Production of alkali in liquid media by the Bacillus pestis - Number 33
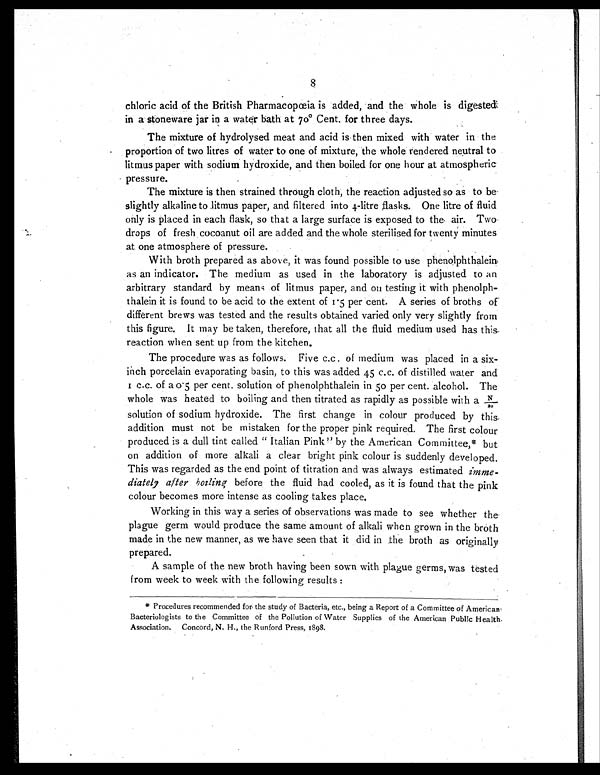
8
chloric acid of the British Pharmacopœia is added, and the whole is digested
in a stoneware jar in a water bath at 70º Cent. for three days.
The mixture of hydrolysed meat and acid is then mixed with water in the
proportion of two litres of water to one of mixture, the whole rendered neutral to
litmus paper with sodium hydroxide, and then boiled for one hour at atmospheric
pressure.
The mixture is then strained through cloth, the reaction adjusted so as to be
slightly alkaline to litmus paper, and filtered into 4-litre flasks. One litre of fluid
only is placed in each flask, so that a large surface is exposed to the air. Two
drops of fresh cocoanut oil are added and the whole sterilised for twenty minutes
at one atmosphere of pressure.
With broth prepared as above, it was found possible to use phenolphthalein,
as an indicator. The medium as used in the laboratory is adjusted to an
arbitrary standard by means of litmus paper, and on testing it with phenolph-
thalein it is found to be acid to the extent of 1.5 per cent. A series of broths of
different brews was tested and the results obtained varied only very slightly from
this figure. It may be taken, therefore, that all the fluid medium used has this
reaction when sent up from the kitchen.
The procedure was as follows. Five c.c . of medium was placed in a six-
inch porcelain evaporating basin, to this was added 45 c.c. of distilled water and
1c.c. of a 0.5 per cent. solution of phenolphthalein in 50 per cent. alcohol. The
whole was heated to boiling and then titrated as rapidly as possible with a N/20
solution of sodium hydroxide. The first change in colour produced by this
addition must not be mistaken for the proper pink required. The first colour
produced is a dull tint called "Italian Pink" by the American Committee,* but
on addition of more alkali a clear bright pink colour is suddenly developed.
This was regarded as the end point of titration and was always estimated imme-
diately after boiling before the fluid had cooled, as it is found that the pink
colour becomes more intense as cooling takes place.
Working in this way a series of observations was made to see whether the
plague germ would produce the same amount of alkali when grown in the broth
made in the new manner, as we have seen that it did in the broth as originally
prepared.
A sample of the new broth having been sown with plague germs, was tested
from week to week with the following results :
* Procedures recommended for the study of Bacteria, etc., being a Report of a Committee of American
Bacteriologists to the Committee of the Pollution of Water Supplies of the American Public Health
Association. Concord, N. H., the Runford Press, 1898.